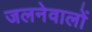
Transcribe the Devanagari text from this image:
जलनेवालों